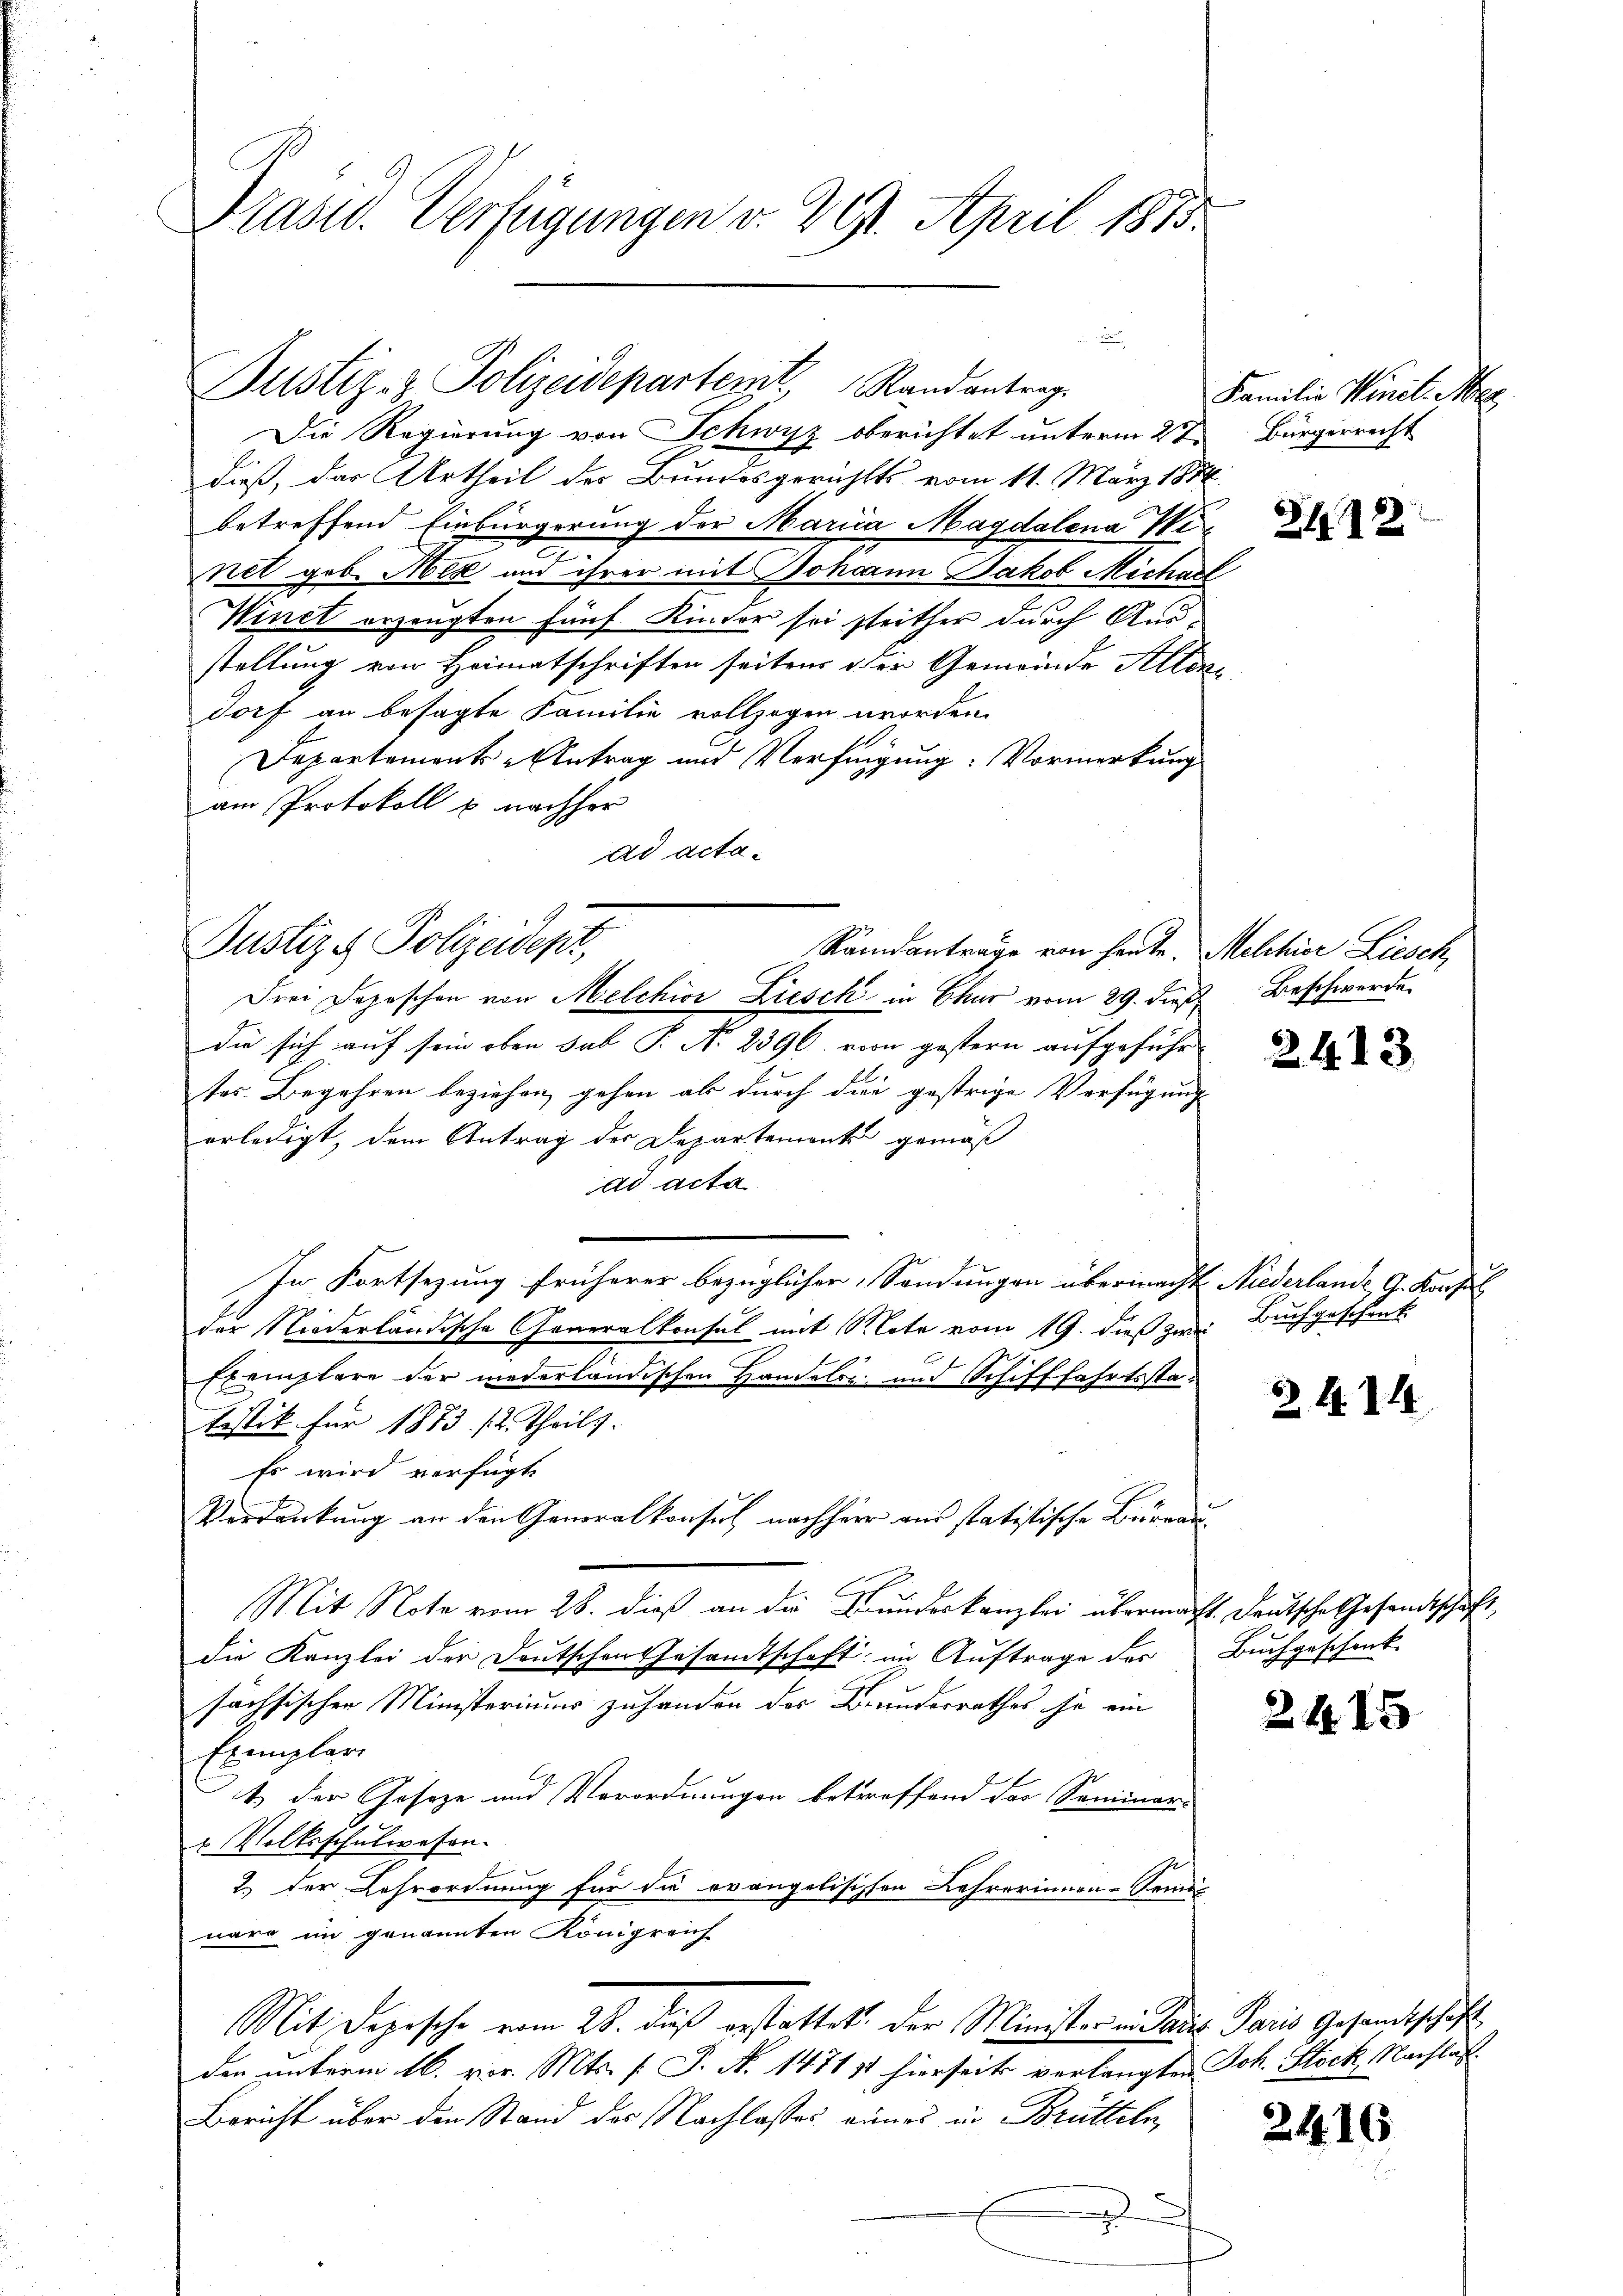
Präsid. Verfügungen v. 29. April 1875.

e
Justiz- & Polizeidepartemt, Randantrag

Die Regierung von Schwyz oberichtet unterm 2t Bürgerrecht
dieß, das Urtheil der Bundesgerichts vom 11. März 1888
betreffend Einbürgerung der Maria Magdalena Winet geb. Med und ihrer mit Johann Jakob Micharl
Winet erzeugten fünf Kinder sei strither durch Ausstellung von Heimatschriften seitens der Gemeinde Altendorf an besagte Familie vollzogen worden.
Departements-Antrag und Verfügung: Vormerkung
am Protokoll u. nachher
ad acta¬
Randantrage von heute. Melchior Liesch,
die sich auf sein oben sub P. Nr. 2396 vor gestern aufgeführt
ter Begehren beziehen, gehen als durch die gestrige Verfügung
erledigt, dem Antrag der Departement gemäß
ad acta
In Fortsezung früherer bezüglicher, Sondungen übermacht Niederlande G. Konsul
der Niederländische Generalkonsul mit Note vom 19. dieß zwei
Exemplare der niederländischen Handelte und Schifffahrtsstatistik für 1873. 12. Theils.
Es wird verfügt
Verdankung an den Generalkonsul nachherr aus statistische Büreau¬
Mit Note vom 28. dieß an die Bundeskanzlei übermacht. Deutsche Gesandtschaft,
die Kanzlei der Deutschen Gesamtschaft im Auftrage der Buchgeschenk-
sächsischen Ministeriums zuhanden des Brundesrathes je ein
Exemplar
t der Geseze und Verordnungen betreffend des Seminar-
u Volksschulwesen.
2.) Der Lehrordnung für die evangelischen Lehrerinnen-Semes
näre im genannten Königreich
Mit Depesche vom 26. daß erstattet. Der Minister - Dass Paris Gesandtschaft
den unterm 16. vor. Mts. f. J. N. 1471 11 hierseits verlangten Joh. Stock, Nachlas
Bericht über die Stand des Nachlasses eines in Brütteln,
x

Justiz & Polizeident,
Frei Depeschen von Melchior Liesch in Chur vom 29. dies

Familie Minet. Me

3192

Beschwerde.

24. 23.

Buchgeschenk

Z. 4. d. 1

24. 15

2416